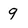
Character: 9